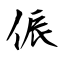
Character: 侲